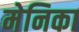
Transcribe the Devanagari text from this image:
मेनिका